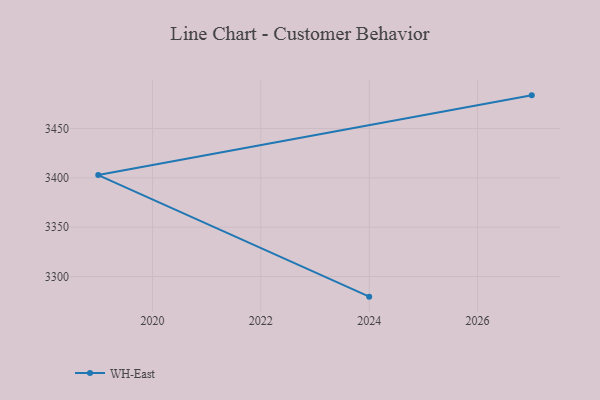
{"axis": {"x": "Year", "y": "Conversion Rate (%)"}, "legend": ["WH-East"], "data": [{"x": "2027", "y": 3483.6, "type": "WH-East"}, {"x": "2019", "y": 3402.8, "type": "WH-East"}, {"x": "2024", "y": 3279.6, "type": "WH-East"}]}